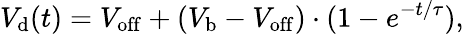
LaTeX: V_{\mathrm{d}}(t)=V_{\mathrm{off}}+\left(V_{\mathrm{b}}-V_{\mathrm{off}}\right)\cdot(1-e^{-{t}/{\tau}}),